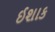
ઈશાક